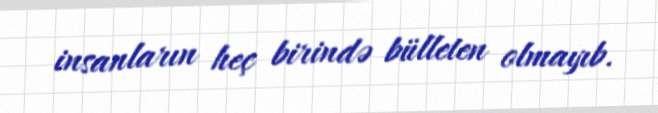
insanların heç birində bülleten olmayıb.